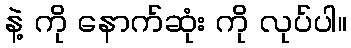
နဲ့ ကို နောက်ဆုံး ကို လုပ်ပါ။